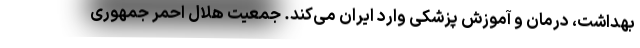
بهداشت، درمان و آموزش پزشکی وارد ایران می‌کند. جمعیت هلال احمر جمهوری